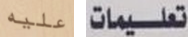
عليه تعليمات